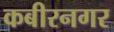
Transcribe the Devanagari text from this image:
कबीरनगर